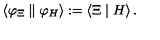
\left\langle \varphi _ { \Xi } \parallel \varphi _ { H } \right\rangle : = \left\langle \Xi \mid H \right\rangle .